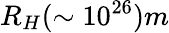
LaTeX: R_{H}(\sim 10^{26})m